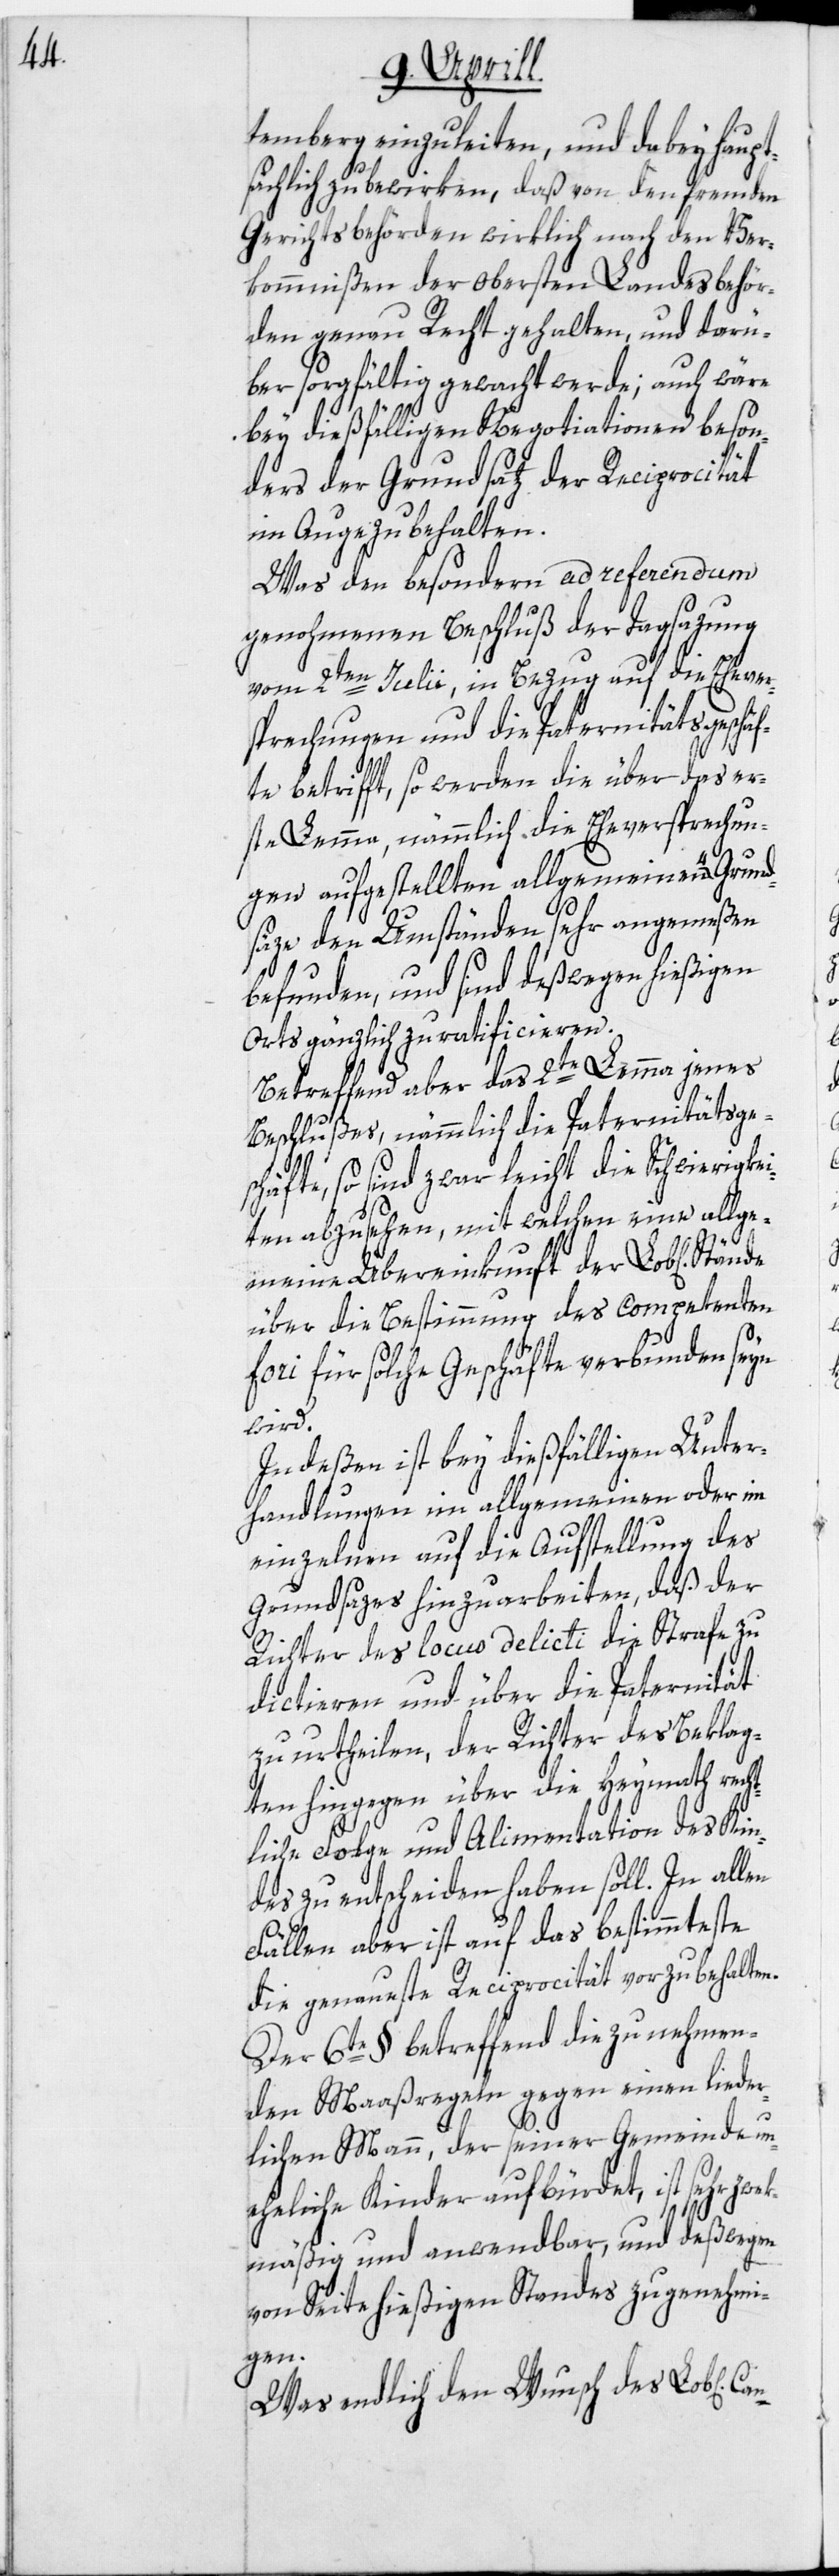
temberg einzuleiten, und dabey haupt¬
sächlich zu bewirken, daß von den fremden
Gerichtsbehörden wirklich nach den Ver¬
kommnißen der obersten Landesbehör¬
den genau Recht gehalten, und darü¬
ber sorgfältig gewacht werde; auch wäre
bey dießfälligen Negotiationen beson¬
ders der Grundsaz der Reciprocität
im Auge zu behalten.
Was den besondern ad referendum
genohmenen Beschluß der Tagsazung
vom 2ten Julii, in Bezug auf die Ehever¬
sprechungen und die Paternitätsgeschä¬
fte betrifft, so werden die über das er¬
ste Lemma, nämmlich die Eheversprechun¬
gen aufgestellten allgemeinen 4 Grund¬
säze den Umständen sehr angemeßen
befunden, und sind deßwegen hießigen
Orts gänzlich zu ratificieren.
Betreffend aber das 2te Lemma jenes
Beschlußes, nämmlich die Paternitätsges¬
chäfte, so sind zwar leicht die Schwierigkei¬
ten abzusehen, mit welchen eine allge¬
meine Übereinkunft der Lob[lichen]
über die Bestimmung des competenten
Fori für solche Geschäfte verbunden seyn
wek¬
Indeßen ist bey dießfälligen Unter¬
handlungen im allgemeinen oder im
einzelnen auf die Aufstellung des
Grundsazes hinzuarbeiten, daß der
Richter des locus delicti die Strafe zu
dictieren und über die Paternität
zu urtheilen, der Richter des Beklag¬
ten hingegen über die Heymath recht¬
liche Folge und Alimentation des Kin¬
des zu entscheiden haben soll. In allen
Fällen aber ist auf das bestimmteste
die genaueste Reciprocität vorzubehalten.
Der 6te § betreffend die zu nehmen¬
den Maaßregeln gegen einen lieder¬
lichen Mann, der seiner Gemeinde un¬
eheliche Kinder aufbürdet, ist sehr z¬
mäßig und anwendbar, und deßwegen
von Seite hießigen Standes zu genehmi¬
hen]
Was endlich den Wunsch des Lob[lic¬